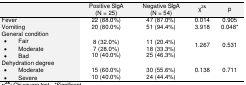
<table><thead><tr><td></td><td><b>Positive SIgA(N = 25)</b></td><td><b>Negative SIgA(N = 54)</b></td><td><b>χ<sup>2&amp;</sup></b></td><td><b>p</b></td></tr></thead><tbody><tr><td>Fever</td><td>22 (88.0%)</td><td>47 (87.0%)</td><td>0.014</td><td>0.905</td></tr><tr><td>Vomiting</td><td>20 (80.0%)</td><td>51 (94.4%)</td><td>3.918</td><td>0.048*</td></tr><tr><td colspan="5">General condition</td></tr><tr><td>• Fair</td><td>8 (32.0%)</td><td>11 (20.4%)</td></tr><tr><td>• Moderate</td><td>7 (28.0%)</td><td>18 (33.3%)</td><td rowspan="3">1.267</td><td rowspan="3">0.531</td></tr><tr><td>• Bad</td><td>10 (40.0%)</td><td>25 (46.3%)</td></tr><tr><td colspan="5">Dehydration degree</td></tr><tr><td>• Moderate</td><td>15 (60.0%)</td><td>30 (55.6%)</td><td rowspan="2">0.138</td><td rowspan="2">0.711</td></tr><tr><td>• Severe</td><td>10 (40.0%)</td><td>24 (44.4%)</td></tr></tbody></table>